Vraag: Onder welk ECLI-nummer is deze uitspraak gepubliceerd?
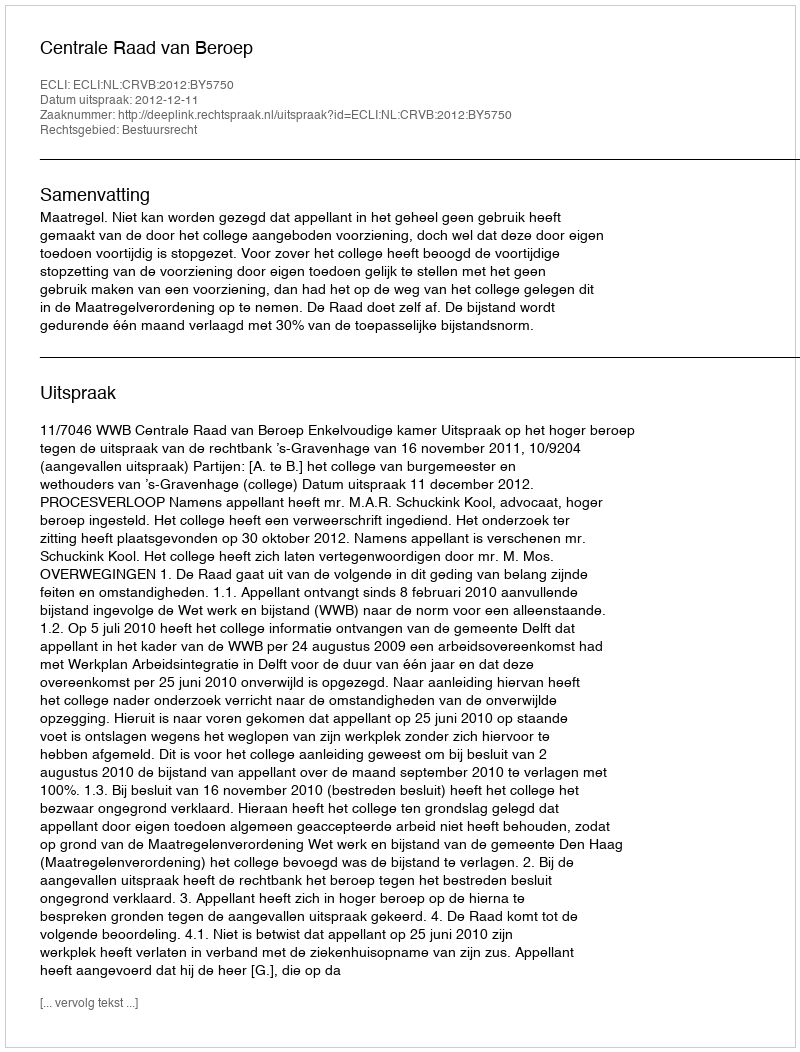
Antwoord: ECLI:NL:CRVB:2012:BY5750